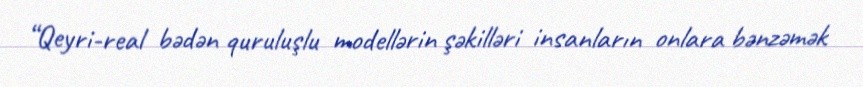
“Qeyri-real bədən quruluşlu modellərin şəkilləri insanların onlara bənzəmək